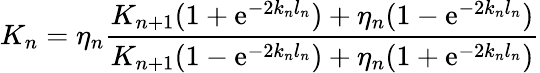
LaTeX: K_{n}=\eta_{n}\frac{K_{n+1}(1+\mathrm{e}^{-2k_{n}l_{n}})+\eta_{n}(1-\mathrm{e}^{-2k_{n}l_{n}})}{K_{n+1}(1-\mathrm{e}^{-2k_{n}l_{n}})+\eta_{n}(1+\mathrm{e}^{-2k_{n}l_{n}})}